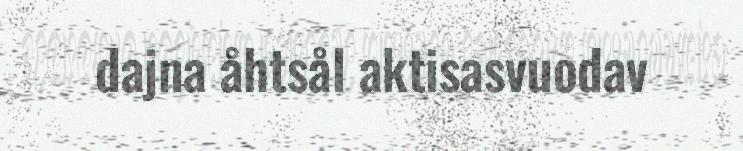
dajna åhtsål aktisasvuodav